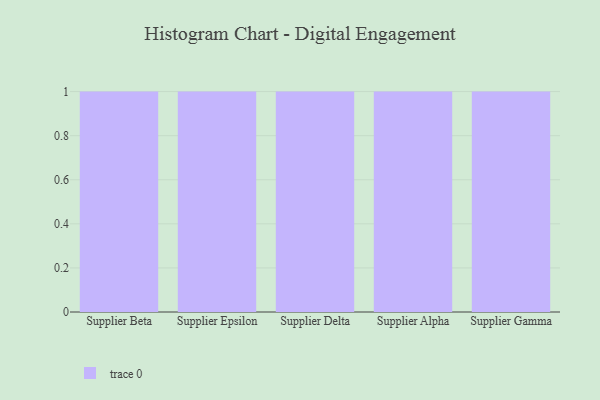
{"axis": {"x": "Supplier", "y": "Production Output"}, "legend": [""], "data": [{"x": "Supplier Beta", "y": 25, "type": ""}, {"x": "Supplier Epsilon", "y": 32, "type": ""}, {"x": "Supplier Delta", "y": 89, "type": ""}, {"x": "Supplier Alpha", "y": 35, "type": ""}, {"x": "Supplier Gamma", "y": 34, "type": ""}]}